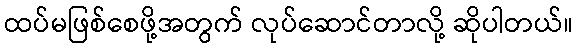
ထပ်မဖြစ်စေဖို့အတွက် လုပ်ဆောင်တာလို့ ဆိုပါတယ်။